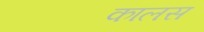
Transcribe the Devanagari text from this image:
कालस